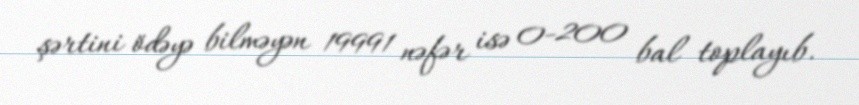
şərtini ödəyə bilməyən 19991 nəfər isə 0-200 bal toplayıb.